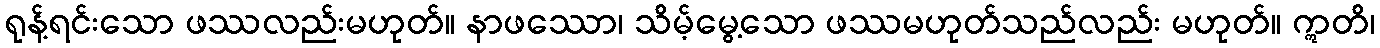
ရုန့်ရင်းသော ဖဿလည်းမဟုတ်။ နာဖဿော၊ သိမ့်မွေ့သော ဖဿမဟုတ်သည်လည်း မဟုတ်။ ဣတိ၊